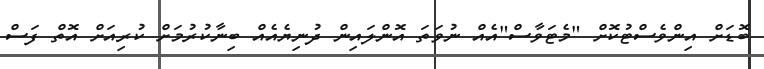
ބޮޑަށް އިންވެސްޓުކޮށް "މެޓަވާސް"އެއް ނުވަތަ އޮންލައިން ދުނިޔެއެއް ބިނާކުރުމަށް ކުރިއަށް އޮތް ފަސް